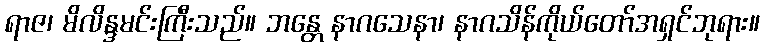
ရာဇ၊ မိလိန္ဒမင်းကြီးသည်။ ဘန္တေ နာဂသေနာ၊ နာဂသိန်ကိုယ်တော်အရှင်ဘုရား။